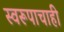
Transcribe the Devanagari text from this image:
स्वरूपाचाही